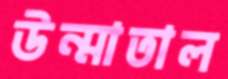
উন্মাতাল